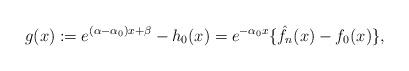
LaTeX: \begin{align*}g(x) := e^{(\alpha - \alpha_0)x + \beta} - h_0(x) = e^{-\alpha_0 x}\{\hat{f}_n(x) - f_0(x)\},\end{align*}